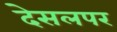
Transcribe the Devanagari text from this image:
देसलपर